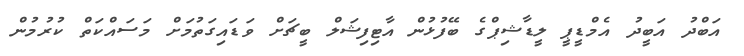
އަބްދު އަބީދު އެމްޑީޕީ ލީޑާޝިޕްގެ ބޭފުޅުން އާޓިފިޝަލް ބީޗަށް ވަޑައިގަތުމަށް މަސައްކަތް ކުރުމުން